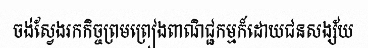
ចង់ស្វែងរកកិច្ចព្រមព្រៀងពាណិជ្ជកម្មក៏ដោយជនសង្ស័យ